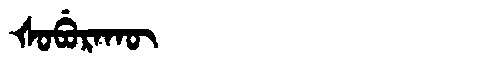
Manchu: ᡧᠣᠪᡠᡵᠠᡴᡡ
Romanization: ŠOBURAKŪ